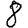
Digit: 8